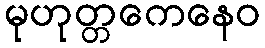
မုဟုတ္တကေနေဝ